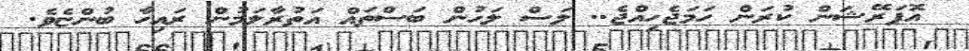
އޮޕަރޭޝަން ކުރަން ހަމަޖެހިއްޖެ.. ލަސް ލަހުން ބަސްތައް އަތުރާލަމުން ރައިހާ ބުންޏެވެ.